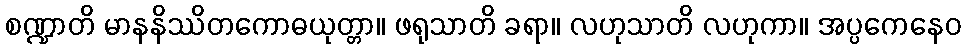
စဏ္ဍာတိ မာနနိဿိတကောဓယုတ္တာ။ ဖရုသာတိ ခရာ။ လဟုသာတိ လဟုကာ။ အပ္ပကေနေဝ